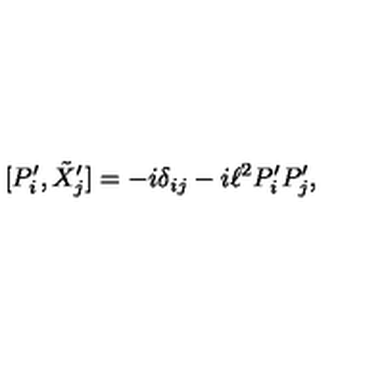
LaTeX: [ P _ { i } ^ { \prime } , \tilde { X } _ { j } ^ { \prime } ] = - i \delta _ { i j } - i \ell ^ { 2 } P _ { i } ^ { \prime } P _ { j } ^ { \prime } ,